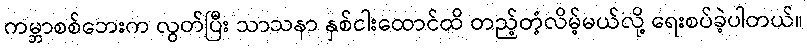
ကမ္ဘာစစ်ဘေးက လွတ်ပြီး သာသနာ နှစ်ငါးထောင်ထိ တည့်တံ့လိမ့်မယ်လို့ ရေးစပ်ခဲ့ပါတယ်။